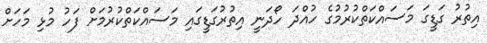
އިތުރު ގަޑީގަ މަސައްކަތްކުރުމުގެ ހުއްދަ ހޯދަނީ އިތުރުގަޑީގައި މަސައްކަތްކުރުމަށް ފަހު މުޅި މަހަށް